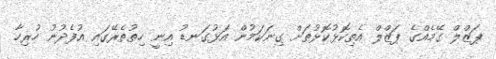
ޕަޒްލް ގޭމެއްގެ ޕަޒްލް އެތިކޮޅުކޮޅުތަށް ގިނަކަމުން އަޅުގަނޑު އިނީ ހިތުތެރޭގައި އުފެދުނު ހުރިހާ